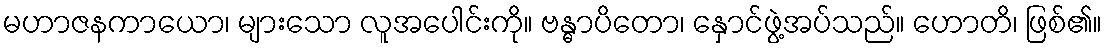
မဟာဇနကာယော၊ များသော လူအပေါင်းကို။ ဗန္ဓာပိတော၊ နှောင်ဖွဲ့အပ်သည်။ ဟောတိ၊ ဖြစ်၏။